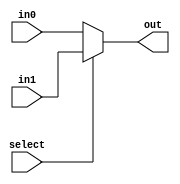
module mux_2_1bit(select,in0,in1,out);
	input select;
	input  in0, in1;
	output out;
	assign out= select ? in1 : in0;
endmodule